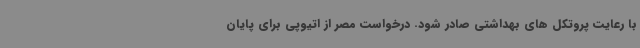
با رعایت پروتکل های بهداشتی صادر شود. درخواست مصر از اتیوپی برای پایان